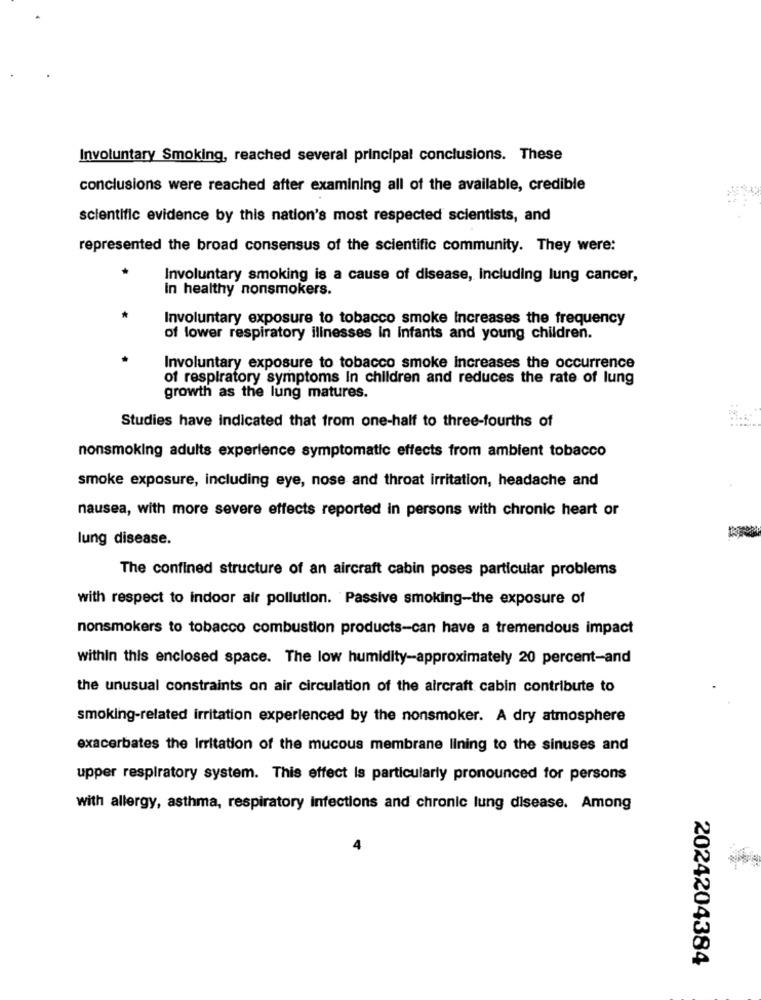
Involuntary Smoking, reached several principal conclusions. These
conclusions were reached after examining all of the available, credible
scientific evidence by this nation's most respected scientists, and
represented the broad consensus of the scientific community. They were:
Involuntary smoking is a cause of disease, including lung cancer,
in healthy nonsmokers.
Involuntary exposure to tobacco smoke Increases the frequency
of lower respiratory illnesses In infants and young children.
Involuntary exposure to tobacco smoke increases the occurrence
of respiratory symptoms In children and reduces the rate of lung
growth as the lung matures.
Studies have indicated that from one-half to three-fourths of
nonsmoking adults experience symptomatic effects from ambient tobacco
smoke exposure, including eye, nose and throat irritation, headache and
nausea, with more severe effects reported in persons with chronic heart or
lung disease.
The confined structure of an aircraft cabin poses particular problems
with respect to indoor air pollution. Passive smoking-the exposure of
nonsmokers to tobacco combustion products-can have a tremendous impact
within this enclosed space. The low humidity-approximately 20 percent-and
the unusual constraints on air circulation of the aircraft cabin contribute to
smoking-related irritation experienced by the nonsmoker. A dry atmosphere
exacerbates the Irritation of the mucous membrane lining to the sinuses and
upper respiratory system. This effect Is particularly pronounced for persons
with allergy, asthma, respiratory infections and chronic lung disease. Among
2024204384